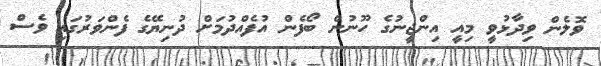
ވޮލެން ވިދާޅުވީ މިއީ އިންޖީނުގެ ހޫނުން ބޯފެން އުފެއްދުމަށް ދުނިޔޭގެ ފެންވަރުގައި ވެސް